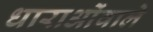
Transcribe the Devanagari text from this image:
धाराओंवाले